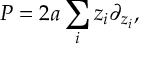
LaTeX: P = 2 a \sum _ { i } z _ { i } \partial _ { z _ { i } } ,